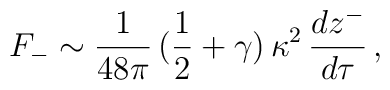
F_{-} \sim \frac{1}{48\pi }\,(\frac{1}{2}+\gamma )\,\kappa^{2}\,\frac{dz^{-}}{d\tau } \,,